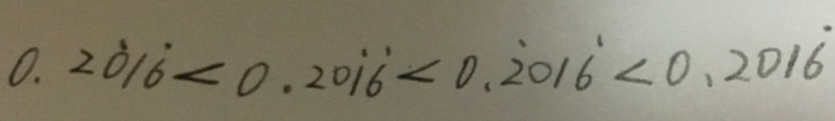
0 . 2 \dot { 0 } 1 \dot { 6 } < 0 . 2 0 \dot { 1 } \dot { 6 } < 0 . \dot { 2 } 0 1 \dot { 6 } < 0 . 2 0 1 \dot { 6 }